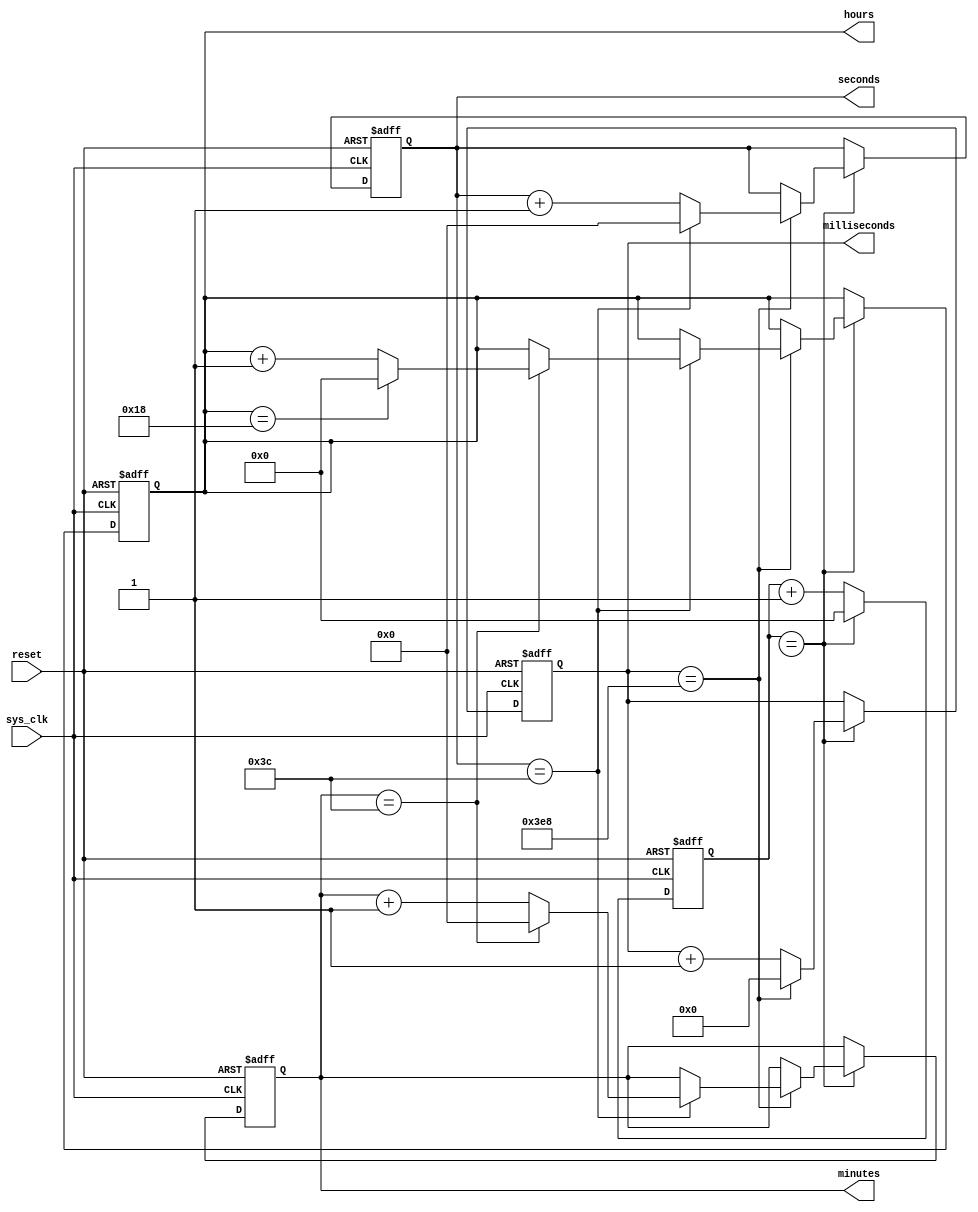
module RTC_Timer (
    input wire sys_clk,
    input wire reset,
    output reg [23:0] hours,
    output reg [5:0] minutes,
    output reg [5:0] seconds,
    output reg [9:0] milliseconds
);

reg [23:0] rtc_counter;

always @(posedge sys_clk or posedge reset) begin
    if (reset) begin
        rtc_counter <= 0;
        hours <= 0;
        minutes <= 0;
        seconds <= 0;
        milliseconds <= 0;
    end else begin
        rtc_counter <= rtc_counter + 1;
        if (rtc_counter == sys_clk_freq) begin
            rtc_counter <= 0;
            
            milliseconds <= milliseconds + 1;
            if (milliseconds == 1000) begin
                milliseconds <= 0;
                seconds <= seconds + 1;
                
                if (seconds == 60) begin
                    seconds <= 0;
                    minutes <= minutes + 1;
                    
                    if (minutes == 60) begin
                        minutes <= 0;
                        hours <= hours + 1;
                        
                        if (hours == 24) begin
                            hours <= 0;
                        end
                    end
                end
            end
        end
    end
end

endmodule